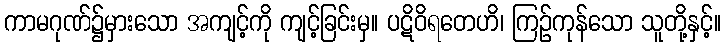
ကာမဂုဏ်၌မှားသော အကျင့်ကို ကျင့်ခြင်းမှ။ ပဋိဝိရတေဟိ၊ ကြဉ်ကုန်သော သူတို့နှင့်။